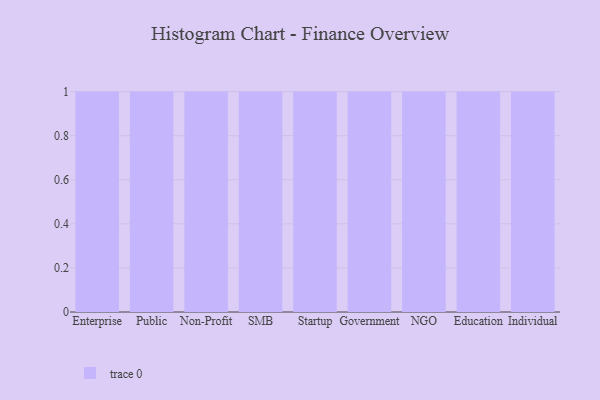
{"axis": {"x": "Segment", "y": "Conversion Rate (%)"}, "legend": [""], "data": [{"x": "Enterprise", "y": 3, "type": ""}, {"x": "Public", "y": 32, "type": ""}, {"x": "Non-Profit", "y": 49, "type": ""}, {"x": "SMB", "y": 23, "type": ""}, {"x": "Startup", "y": 28, "type": ""}, {"x": "Government", "y": 48, "type": ""}, {"x": "NGO", "y": 24, "type": ""}, {"x": "Education", "y": 22, "type": ""}, {"x": "Individual", "y": 34, "type": ""}]}